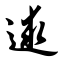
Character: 逑